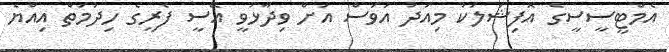
އެމްޓީސީސީގެ އޮފިޝަލަކު މިއަދު އަވަސް އަށް ވިދާޅުވީ އޭސީ ފެރީގެ ހިދުމަތް އިއްޔެ